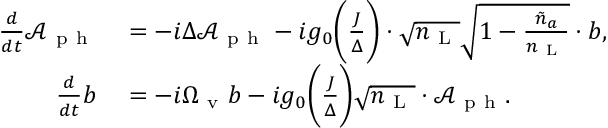
\begin{array} { r l r } { \frac { d } { d t } \mathcal { A } _ { \mathrm { ~ p ~ h ~ } } } & { { } = - i \Delta \mathcal { A } _ { \mathrm { ~ p ~ h ~ } } - i g _ { 0 } \bigg ( \frac { J } { \Delta } \bigg ) \cdot \sqrt { n _ { \mathrm { ~ L ~ } } } \sqrt { 1 - \frac { \tilde { n } _ { a } } { n _ { \mathrm { ~ L ~ } } } } \cdot b , } & { } \\ { \frac { d } { d t } b } & { { } = - i \Omega _ { \mathrm { ~ v ~ } } b - i g _ { 0 } \bigg ( \frac { J } { \Delta } \bigg ) \sqrt { { n } _ { \mathrm { ~ L ~ } } } \cdot \mathcal { A } _ { \mathrm { ~ p ~ h ~ } } . } \end{array}